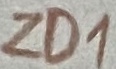
Text: ZD1